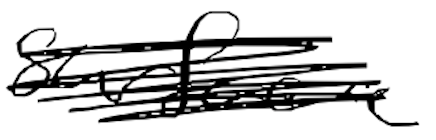
Text: surface
Cross-out: scratch
Writing tool: digital_black